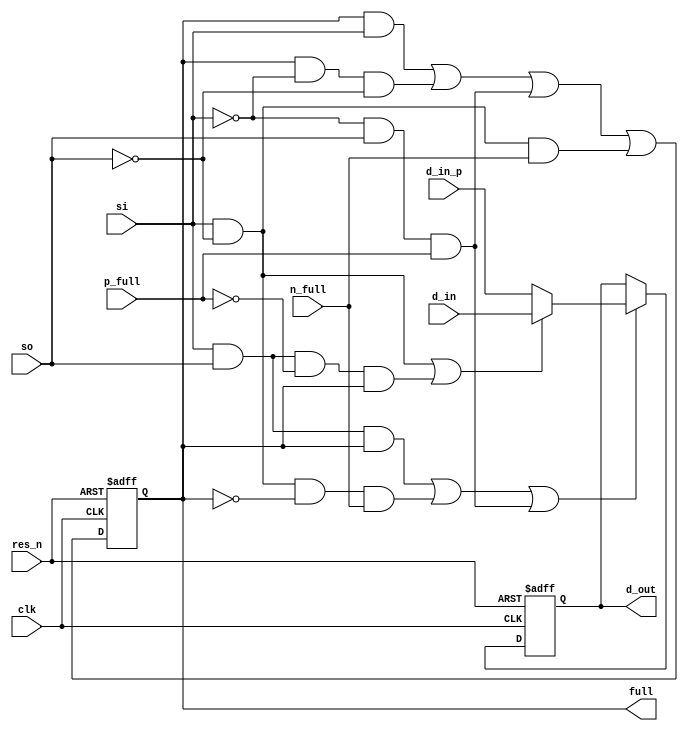
/*
 *                              .--------------. .----------------. .------------.
 *                             | .------------. | .--------------. | .----------. |
 *                             | | ____  ____ | | | ____    ____ | | |   ______ | |
 *                             | ||_   ||   _|| | ||_   \  /   _|| | | .' ___  || |
 *       ___  _ __   ___ _ __  | |  | |__| |  | | |  |   \/   |  | | |/ .'   \_|| |
 *      / _ \| '_ \ / _ \ '_ \ | |  |  __  |  | | |  | |\  /| |  | | || |       | |
 *       (_) | |_) |  __/ | | || | _| |  | |_ | | | _| |_\/_| |_ | | |\ `.___.'\| |
 *      \___/| .__/ \___|_| |_|| ||____||____|| | ||_____||_____|| | | `._____.'| |
 *           | |               | |            | | |              | | |          | |
 *           |_|               | '------------' | '--------------' | '----------' |
 *                              '--------------' '----------------' '------------'
 *
 *  openHMC - An Open Source Hybrid Memory Cube Controller
 *  (C) Copyright 2014 Computer Architecture Group - University of Heidelberg
 *  www.ziti.uni-heidelberg.de
 *  B6, 26
 *  68159 Mannheim
 *  Germany
 *
 *  Contact: openhmc@ziti.uni-heidelberg.de
 *  http://ra.ziti.uni-heidelberg.de/openhmc
 *
 *   This source file is free software: you can redistribute it and/or modify
 *   it under the terms of the GNU Lesser General Public License as published by
 *   the Free Software Foundation, either version 3 of the License, or
 *   (at your option) any later version.
 *
 *   This source file is distributed in the hope that it will be useful,
 *   but WITHOUT ANY WARRANTY; without even the implied warranty of
 *   MERCHANTABILITY or FITNESS FOR A PARTICULAR PURPOSE.  See the
 *   GNU Lesser General Public License for more details.
 *
 *   You should have received a copy of the GNU Lesser General Public License
 *   along with this source file.  If not, see <http://www.gnu.org/licenses/>.
 *
 *
 *  Module name: openhmc_sync_fifo_reg_stage
 *
 */

`default_nettype none

module openhmc_sync_fifo_reg_stage #(parameter DWIDTH = 8)(
    input wire clk,
    input wire res_n,
    input wire [DWIDTH-1:0] d_in,
    input wire [DWIDTH-1:0] d_in_p,
    input wire p_full,  // full signal from the previous stage
    input wire n_full,  // full signal from the next stage
    input wire si,
    input wire so,
    output reg full,    // full = '1' -> this stage has a valid entry
    output reg [DWIDTH-1:0] d_out
);

//=====================================================================================================
//-----------------------------------------------------------------------------------------------------
//---------WIRING AND SIGNAL STUFF---------------------------------------------------------------------
//-----------------------------------------------------------------------------------------------------
//=====================================================================================================

wire en, muxi;

assign en = (si & so & full)                // so and si, shift through
            | (si & ~so & ~full && n_full)  // shift in new value
            | (~si & so & p_full);          // shift through

assign muxi = (si & ~so) | (si & so & ~p_full & full);

//=====================================================================================================
//-----------------------------------------------------------------------------------------------------
//---------LOGIC STARTS HERE---------------------------------------------------------------------------
//-----------------------------------------------------------------------------------------------------
//=====================================================================================================

always @ (posedge clk or negedge res_n) begin
    if (!res_n) begin
        full <= 1'b0;
        d_out <= {DWIDTH{1'b0}};
    end else begin
        if (en) begin
            if (muxi) begin
                d_out <= d_in;      // enter new value when enabled
            end else begin
                d_out <= d_in_p;    // shift through
            end
        end

        full <= (full & si)             // stay full while si to other stage
                | (full & ~si & ~so)    // hold full
                | (~si & so & p_full)   // keep full as long as prev stage is full
                | (si & ~so & n_full);  // fill this stage by si
    end
end

endmodule

`default_nettype wire